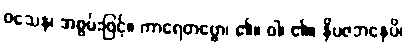
ဝသေန၊ အစွမ်းဖြင့်။ ကာရေတဗ္ဗော၊ ၏။ ဝါ၊ ၏။ နိပဇဘနေပိ၊